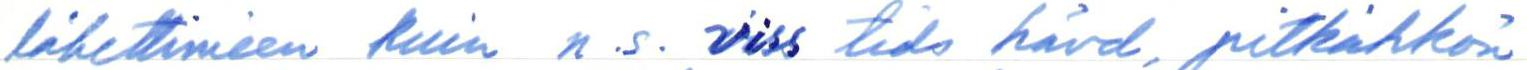
lähettimeen kuin n.s. viss tids hävd, pitkähkön